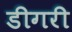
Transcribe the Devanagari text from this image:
डीगरी